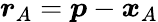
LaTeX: {\boldsymbol{r}}_{A}={\boldsymbol{p}}-{\boldsymbol{x}}_{A}